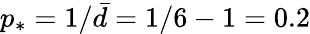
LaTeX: p_{*}={1}/{\bar{d}}={1}/{6-1}=0.2